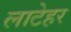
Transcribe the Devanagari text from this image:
लाटेहर